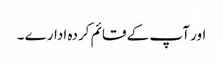
اور آپ کے قائم کردہ ادارے ۔